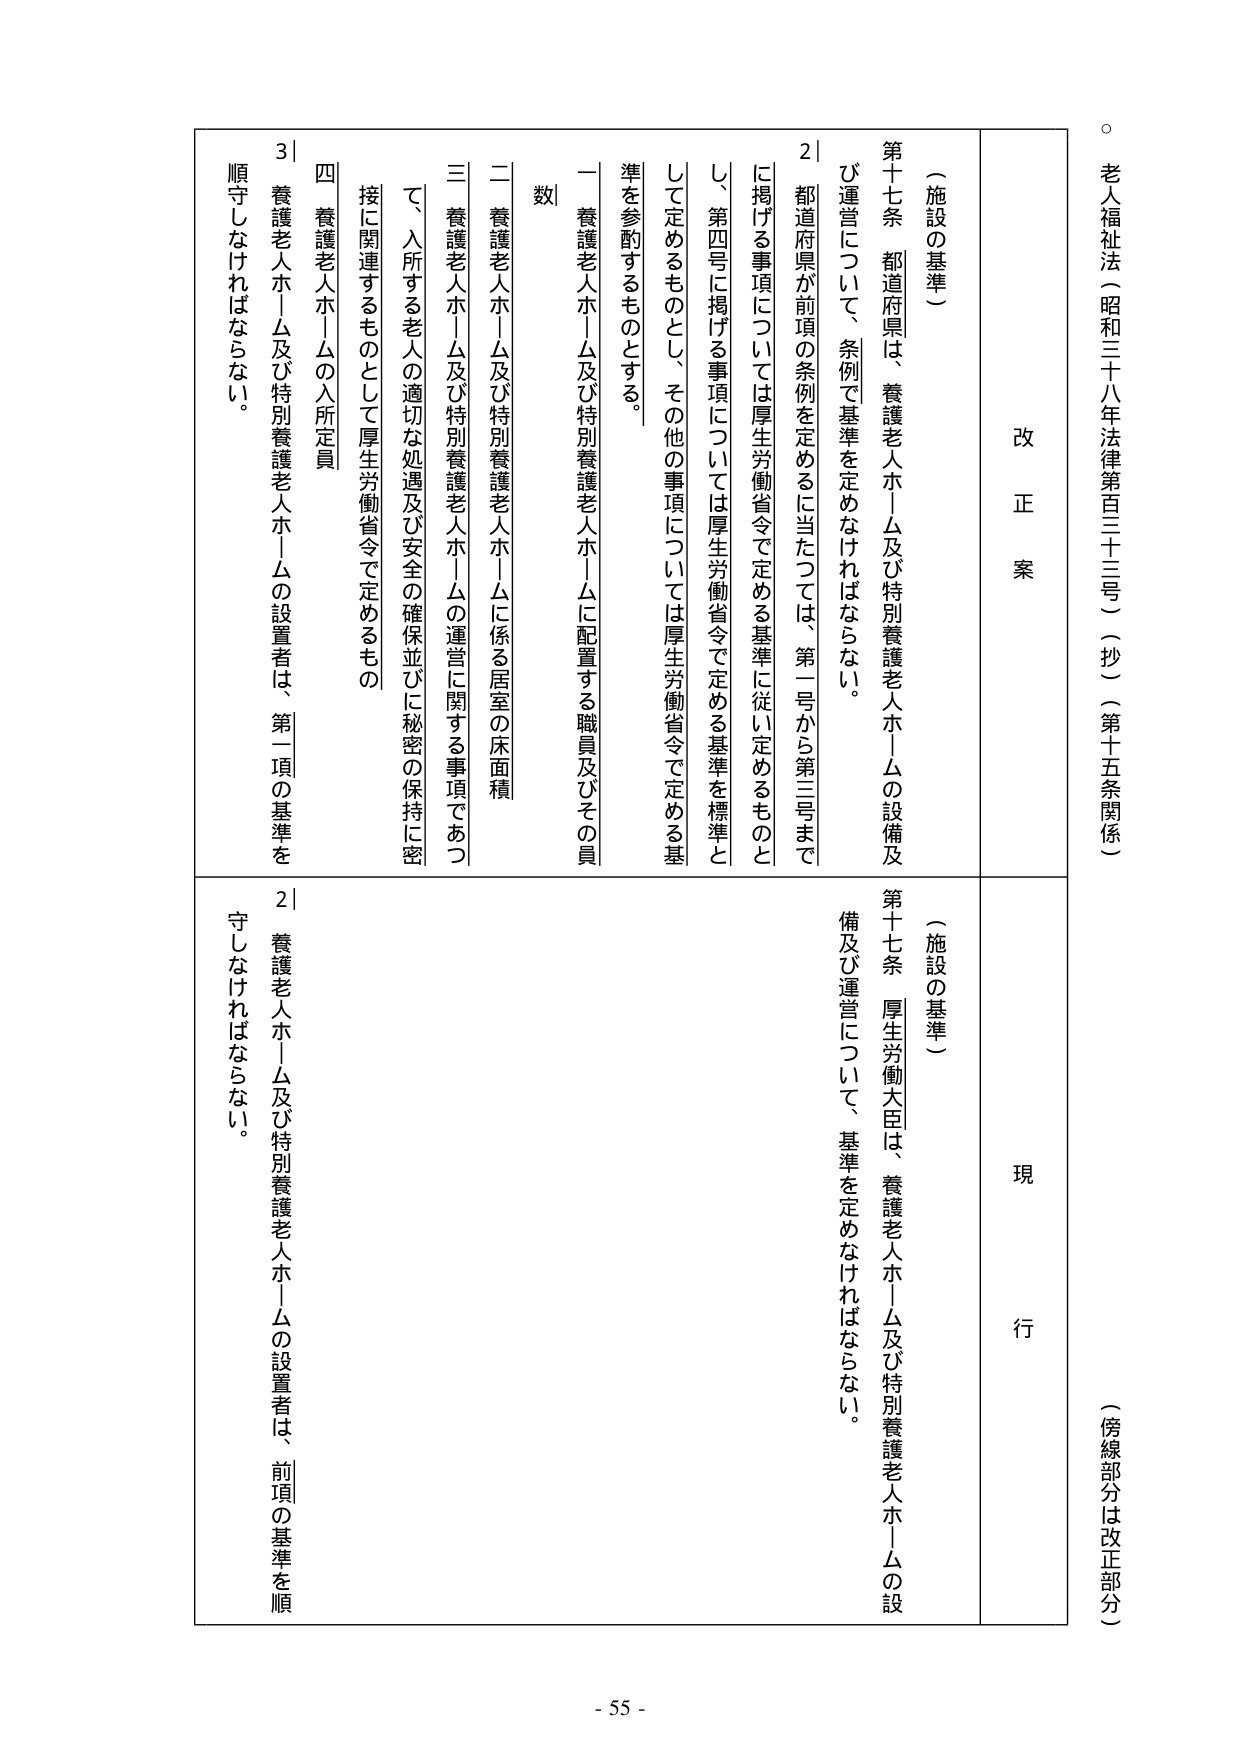
老人福祉法（昭和三十八年法律第百三十三号）（抄）（第十五条関係）

（傍線部分は改正部分）

改正案

（施設の基準）

第十七条 都道府県は、養護老人ホーム及び特別養護老人ホームの設備及び運営について、条例で基準を定めなければならない。

２ 都道府県が前項の条例を定めるに当たっては、第一号から第三号までに掲げる事項については厚生労働省令で定める基準に従い定めるものとし、第四号に掲げる事項については厚生労働省令で定める基準を標準として定めるものとし、その他の事項については厚生労働省令で定める基準を参酌するものとする。

一 養護老人ホーム及び特別養護老人ホームに配置する職員及びその員数

二 養護老人ホーム及び特別養護老人ホームに係る居室の床面積

三 養護老人ホーム及び特別養護老人ホームの運営に関する事項であつて、入所する老人の適切な処遇及び安全の確保並びに秘密の保持に密接に関連するものとして厚生労働省令で定めるもの

四 養護老人ホームの入所定員

３ 養護老人ホーム及び特別養護老人ホームの設置者は、第一項の基準を順守しなければならない。

現行

（施設の基準）

第十七条 厚生労働大臣は、養護老人ホーム及び特別養護老人ホームの設備及び運営について、基準を定めなければならない。

２ 養護老人ホーム及び特別養護老人ホームの設置者は、前項の基準を順守しなければならない。

- 55 -